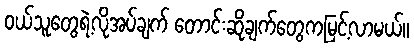
ဝယ်သူတွေရဲ့လိုအပ်ချက် တောင်းဆိုချက်တွေကမြင့်လာမယ်။